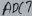
Text: ADC7